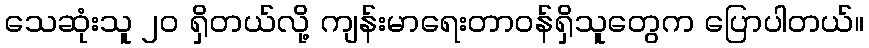
သေဆုံးသူ ၂၀ ရှိတယ်လို့ ကျန်းမာရေးတာဝန်ရှိသူတွေက ပြောပါတယ်။